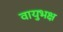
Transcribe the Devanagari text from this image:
वायुभक्ष